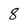
Character: 8